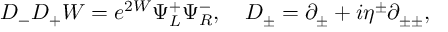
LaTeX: D _ { - } D _ { + } W = e ^ { 2 W } \Psi _ { L } ^ { + } \Psi _ { R } ^ { - } , ~ ~ ~ D _ { \pm } = \partial _ { \pm } + i \eta ^ { \pm } \partial _ { \pm \pm } ,